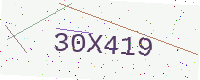
Text: 30X419